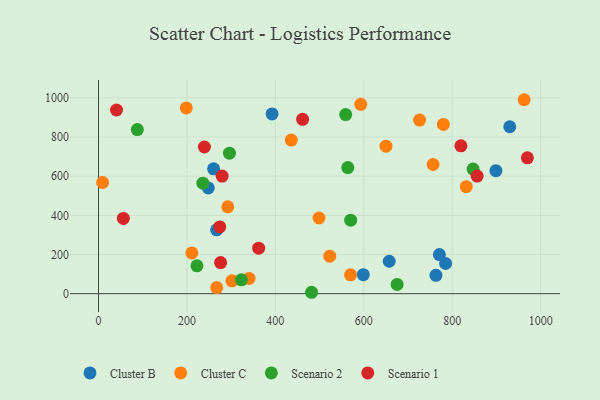
{"axis": {"x": "Experience", "y": "Sales"}, "legend": ["Cluster B", "Cluster C", "Scenario 1", "Scenario 2"], "data": [{"x": "930.2", "y": 852.6, "type": "Cluster B"}, {"x": "392.5", "y": 918.0, "type": "Cluster B"}, {"x": "248.2", "y": 539.9, "type": "Cluster B"}, {"x": "771.0", "y": 199.7, "type": "Cluster B"}, {"x": "260.3", "y": 637.9, "type": "Cluster B"}, {"x": "763.2", "y": 93.9, "type": "Cluster B"}, {"x": "657.5", "y": 165.7, "type": "Cluster B"}, {"x": "785.0", "y": 154.2, "type": "Cluster B"}, {"x": "267.2", "y": 326.2, "type": "Cluster B"}, {"x": "898.8", "y": 628.3, "type": "Cluster B"}, {"x": "598.9", "y": 96.9, "type": "Cluster B"}, {"x": "756.7", "y": 659.8, "type": "Cluster C"}, {"x": "726.2", "y": 886.7, "type": "Cluster C"}, {"x": "301.8", "y": 65.8, "type": "Cluster C"}, {"x": "436.0", "y": 784.5, "type": "Cluster C"}, {"x": "593.1", "y": 967.3, "type": "Cluster C"}, {"x": "198.5", "y": 948.6, "type": "Cluster C"}, {"x": "211.1", "y": 208.0, "type": "Cluster C"}, {"x": "292.4", "y": 443.8, "type": "Cluster C"}, {"x": "340.5", "y": 77.9, "type": "Cluster C"}, {"x": "498.7", "y": 386.5, "type": "Cluster C"}, {"x": "570.0", "y": 96.3, "type": "Cluster C"}, {"x": "267.3", "y": 31.0, "type": "Cluster C"}, {"x": "650.2", "y": 753.6, "type": "Cluster C"}, {"x": "9.3", "y": 567.9, "type": "Cluster C"}, {"x": "962.7", "y": 990.6, "type": "Cluster C"}, {"x": "523.0", "y": 191.6, "type": "Cluster C"}, {"x": "831.8", "y": 546.3, "type": "Cluster C"}, {"x": "780.0", "y": 864.3, "type": "Cluster C"}, {"x": "559.1", "y": 915.0, "type": "Scenario 2"}, {"x": "296.2", "y": 717.5, "type": "Scenario 2"}, {"x": "675.4", "y": 47.3, "type": "Scenario 2"}, {"x": "847.1", "y": 636.6, "type": "Scenario 2"}, {"x": "323.2", "y": 71.0, "type": "Scenario 2"}, {"x": "236.0", "y": 564.2, "type": "Scenario 2"}, {"x": "563.8", "y": 644.2, "type": "Scenario 2"}, {"x": "87.8", "y": 838.0, "type": "Scenario 2"}, {"x": "222.7", "y": 142.5, "type": "Scenario 2"}, {"x": "481.9", "y": 7.2, "type": "Scenario 2"}, {"x": "570.3", "y": 375.4, "type": "Scenario 2"}, {"x": "362.2", "y": 232.3, "type": "Scenario 1"}, {"x": "56.2", "y": 384.6, "type": "Scenario 1"}, {"x": "40.7", "y": 938.2, "type": "Scenario 1"}, {"x": "274.3", "y": 341.1, "type": "Scenario 1"}, {"x": "970.0", "y": 693.9, "type": "Scenario 1"}, {"x": "279.6", "y": 600.6, "type": "Scenario 1"}, {"x": "856.3", "y": 600.9, "type": "Scenario 1"}, {"x": "239.5", "y": 749.1, "type": "Scenario 1"}, {"x": "276.1", "y": 158.8, "type": "Scenario 1"}, {"x": "461.6", "y": 890.6, "type": "Scenario 1"}, {"x": "819.7", "y": 755.2, "type": "Scenario 1"}]}